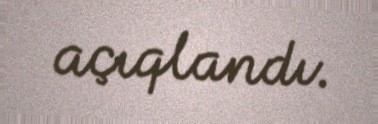
açıqlandı.